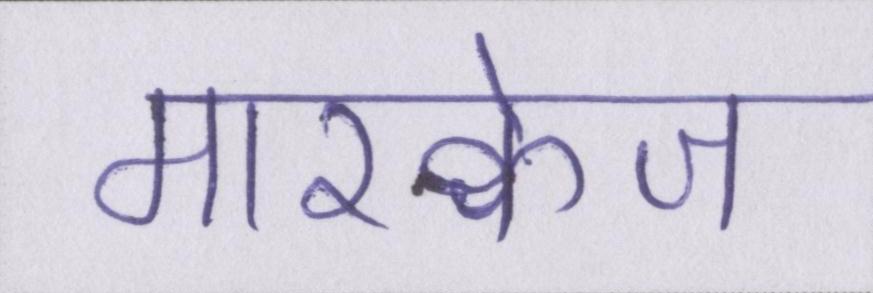
मारक्वेज